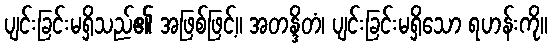
ပျင်းခြင်းမရှိသည်၏ အဖြစ်ဖြင့်။ အတန္ဒိတံ၊ ပျင်းခြင်းမရှိသော ရဟန်းကို။